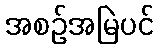
အစဉ်အမြဲပင်